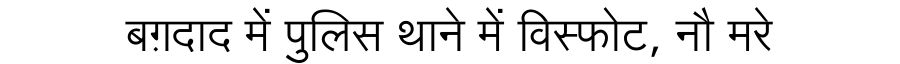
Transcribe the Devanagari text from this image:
बग़दाद में पुलिस थाने में विस्फोट, नौ मरे